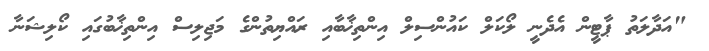
"އަދާލަތު ޕާޓީން އެދެނީ ލޯކަލް ކައުންސިލް އިންތިޚާބާއި ރައްޔިތުންގެ މަޖިލިސް އިންތިޚާބުގައި ކޯލިޝަނާ